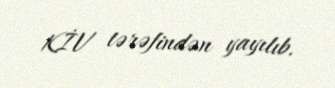
KİV tərəfindən yayılıb.